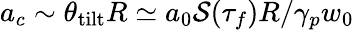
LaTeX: a_{c}\sim\theta_{\mathrm{{tilt}}}R\simeq a_{0}\mathcal{S}(\tau_{f})R/\gamma_{p}w_{0}